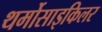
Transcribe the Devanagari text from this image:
थर्मोसाइकिलर